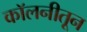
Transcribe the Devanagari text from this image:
कॉलनीतून